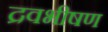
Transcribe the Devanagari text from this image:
द्रवभीषण